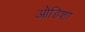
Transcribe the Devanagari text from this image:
ओडिशा